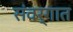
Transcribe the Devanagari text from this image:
संवर्गात